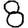
Digit: 8